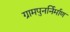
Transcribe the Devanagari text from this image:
ग्रामपुनर्निर्माण